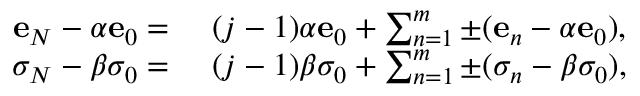
\begin{array} { r l } { \mathbf { e } _ { N } - \alpha \mathbf { e } _ { 0 } = ~ } & { ( j - 1 ) \alpha \mathbf { e } _ { 0 } + \sum _ { n = 1 } ^ { m } \pm ( \mathbf { e } _ { n } - \alpha \mathbf { e } _ { 0 } ) , } \\ { \sigma _ { N } - \beta \sigma _ { 0 } = ~ } & { ( j - 1 ) \beta \sigma _ { 0 } + \sum _ { n = 1 } ^ { m } \pm ( \sigma _ { n } - \beta \sigma _ { 0 } ) , } \end{array}